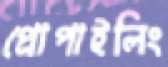
প্রোপাইলিং